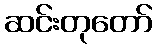
ဆင်းတုတော်